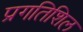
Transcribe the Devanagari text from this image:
प्रगतिशिल